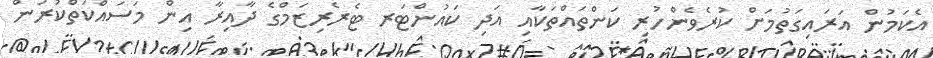
އެކަމުން އަރައިގަތުމަށް ކުރެވެންހުރި ކަންތައްތަކާއި އަދި ކައުންޓަރ ޓެރެރިޒަމްގެ ދާއިރާ އިން މަސައްކަތްކުރަން